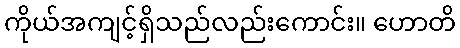
ကိုယ်အကျင့်ရှိသည်လည်းကောင်း။ ဟောတိ